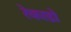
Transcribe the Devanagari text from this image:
रेकाडो